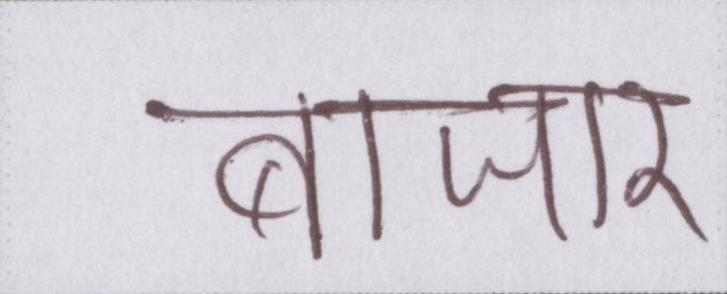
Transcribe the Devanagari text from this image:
बाजार